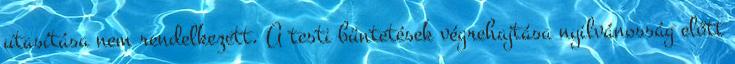
utasítása nem rendelkezett. A testi büntetések végrehajtása nyilvánosság előtt